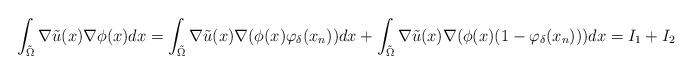
LaTeX: \begin{align*}\int_{\tilde{\Omega}} \nabla \tilde{u}(x)\nabla \phi(x) d x=\int_{\tilde{\Omega}} \nabla \tilde{u}(x)\nabla(\phi(x) \varphi_\delta(x_n)) d x+\int_{\tilde{\Omega}} \nabla \tilde{u}(x)\nabla (\phi(x) (1-\varphi_\delta(x_n)))d x=I_1+I_2\end{align*}